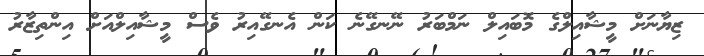
ޒިޔާނަށް މީޝާއިލްގެ މޮބައިލް ނަމްބަރު ނޭނގޭނެ ކަން އެނގޭއިރު ވެސް މީޝާއިލްއަށް އިންތިޒާރު